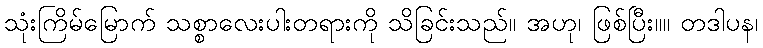
သုံးကြိမ်မြောက် သစ္စာလေးပါးတရားကို သိခြင်းသည်။ အဟု၊ ဖြစ်ပြီး။။ တဒါပန၊